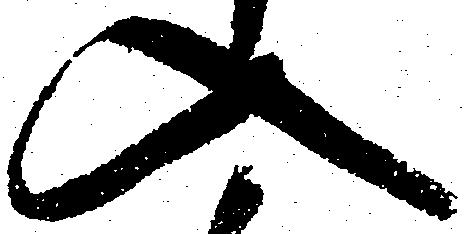
入